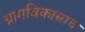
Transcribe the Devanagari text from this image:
ग्रामविकासाच